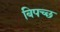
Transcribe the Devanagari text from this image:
बिपच्छ